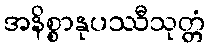
အနိစ္စာနုပဿီသုတ္တံ